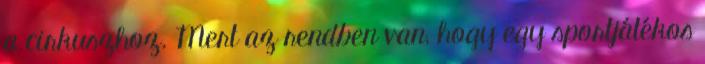
a cirkuszhoz. Mert az rendben van, hogy egy sportjátékos